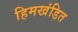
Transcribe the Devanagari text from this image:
हिमखंडित